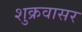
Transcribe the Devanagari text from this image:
शुक्रवासर